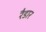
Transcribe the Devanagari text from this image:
रैडार